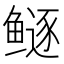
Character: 𱈏